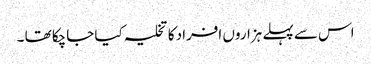
اس سے پہلے ہزاروں افراد کا تخلیہ کیا جاچکا تھا ۔